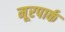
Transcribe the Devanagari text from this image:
मूरपार्क